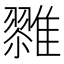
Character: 𱁌